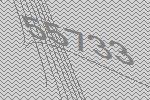
55733